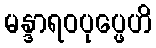
မန္ဒာရဝပုပ္ဖေဟိ